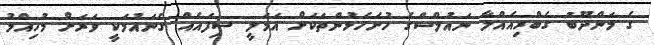
ގެ މަންދޫބު ގެބްރިއެއްލާ ނައުލްސްގެ ހުށަހެޅުންތަކަށް އަމަލީ ސިފައެއް ގެނައުމަކީ ވަރަށް މުހިއްމު